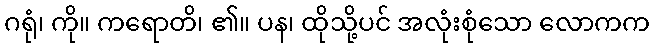
ဂရုံ၊ ကို။ ကရောတိ၊ ၏။ ပန၊ ထိုသို့ပင် အလုံးစုံသော လောကက